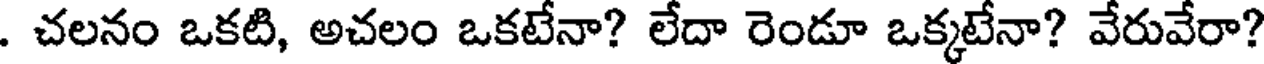
. చలనం ఒకటి, అచలం ఒకటేనా? లేదా రెండూ ఒక్కటేనా? వేరువేరా?